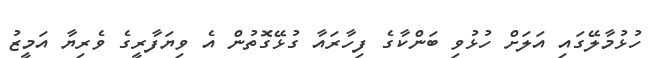
ހުޅުމާލޭގައި އަލަށް ހުޅުވި ބަންކާގެ ފިހާރައާ ގުޅޭގޮތުން އެ ވިޔަފާރީގެ ވެރިޔާ އަމީޒު